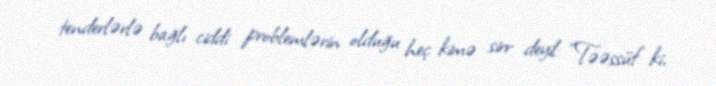
tenderlərlə bağlı ciddi problemlərin olduğu heç kimə sirr deyil: “Təəssüf ki,